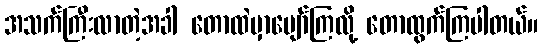
အသက်ကြီးလာတဲ့အခါ တောထဲမှာပျော်ကြလို့ တောထွက်ကြပါတယ်။